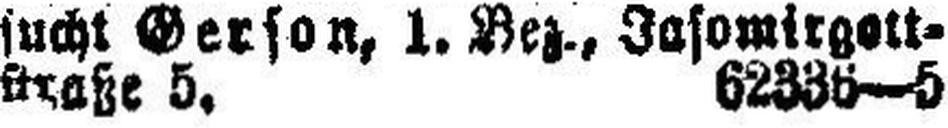
straße 5. 62336—5